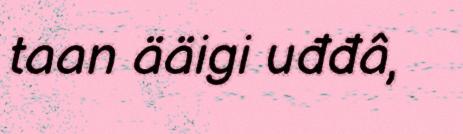
taan ääigi uđđâ,